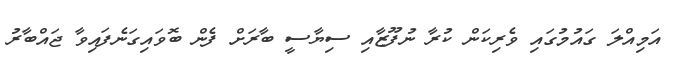
އަމިއްލަ ގައުމުގައި ވެރިކަން ކުރާ ނުފޫޒާއި ސިޔާސީ ބާރަށް ފެން ބޮވައިގަނެފައިވާ ޖައްބާރު